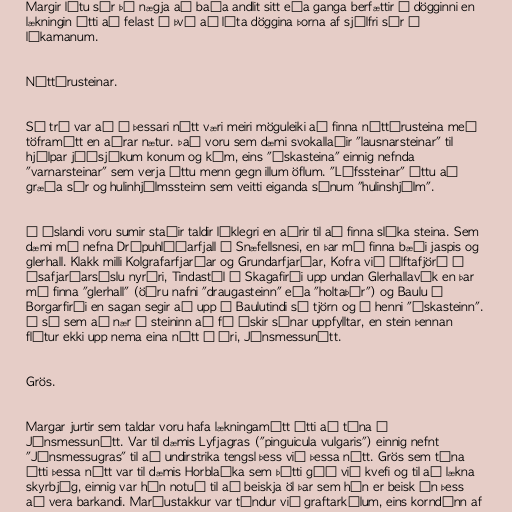
Margir létu sér þó nægja að baða andlit sitt eða ganga berfættir í dögginni en
lækningin átti að felast í því að láta döggina þorna af sjálfri sér á
líkamanum.

Náttúrusteinar.

Sú trú var að á þessari nótt væri meiri möguleiki að finna náttúrusteina með
töframátt en aðrar nætur. Það voru sem dæmi svokallaðir "lausnarsteinar" til
hjálpar jóðsjúkum konum og kúm, eins "óskasteina" einnig nefnda
"varnarsteinar" sem verja áttu menn gegn illum öflum. "Lífssteinar" áttu að
græða sár og hulinhjálmssteinn sem veitti eiganda sínum "hulinshjálm".

Á Íslandi voru sumir staðir taldir líklegri en aðrir til að finna slíka steina. Sem
dæmi má nefna Drápuhlíðarfjall á Snæfellsnesi, en þar má finna bæði jaspis og
glerhall. Klakk milli Kolgrafarfjarðar og Grundarfjarðar, Kofra við Álftafjörð í
ísafjarðarsýslu nyrðri, Tindastól í Skagafirði upp undan Glerhallavík en þar
má finna "glerhall" (öðru nafni "draugasteinn" eða "holtaþór") og Baulu í
Borgarfirði en sagan segir að upp á Baulutindi sé tjörn og í henni "óskasteinn".
Á sá sem að nær í steininn að fá óskir sínar uppfylltar, en stein þennan
flýtur ekki upp nema eina nótt á ári, Jónsmessunótt.

Grös.

Margar jurtir sem taldar voru hafa lækningamátt átti að tína á
Jónsmessunótt. Var til dæmis Lyfjagras ("pinguicula vulgaris") einnig nefnt
"Jónsmessugras" til að undirstrika tengsl þess við þessa nótt. Grös sem tína
átti þessa nótt var til dæmis Horblaðka sem þótti góð við kvefi og til að lækna
skyrbjúg, einnig var hún notuð til að beiskja öl þar sem hún er beisk án þess
að vera barkandi. Maríustakkur var tíndur við graftarkýlum, eins korndúnn af